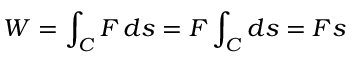
W = \int _ { C } F \, d s = F \int _ { C } d s = F s